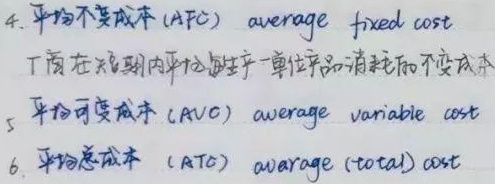
4. 平均不变成本（$AFC$）（$average\ fixed\ cost$）：厂商在短期内平均每生产一单位产品消耗的不变成本
5. 平均可变成本（$AVC$）（$average\ variable\ cost$）
6. 平均总成本（$ATC$）（$average\ (total)\ cost$）